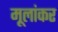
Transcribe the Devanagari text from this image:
मूलांकर